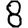
Digit: 8